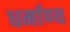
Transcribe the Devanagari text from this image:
धर्माण्य